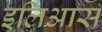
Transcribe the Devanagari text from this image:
इलिआस